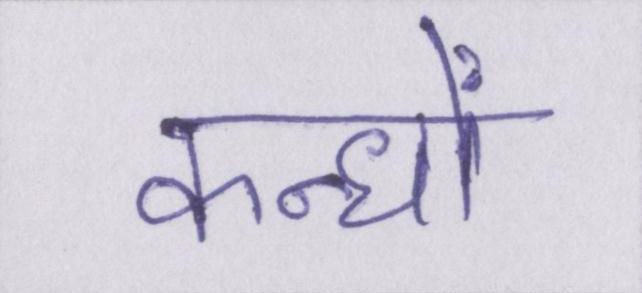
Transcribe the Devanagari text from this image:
कन्धों